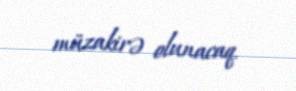
müzakirə olunacaq.